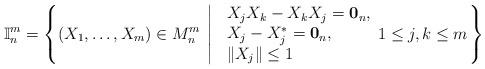
LaTeX: \begin{align*}\mathbb{I}^m_n=\left\{(X_1,\ldots,X_m)\in M_n^m\: \left|\:\: \begin{array}{l}X_j X_k-X_k X_j=\mathbf{0}_n,\\X_j-X_j^\ast=\mathbf{0}_n,\\\|X_j\|\leq 1\end{array} 1\leq j,k\leq m\right.\right\}\end{align*}